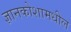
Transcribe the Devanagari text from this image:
ज्ञानकोशामधील